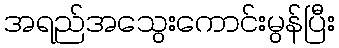
အရည်အသွေးကောင်းမွန်ပြီး